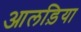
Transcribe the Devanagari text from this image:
आलड़िया